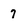
Character: 7